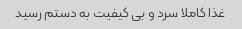
غذا کاملا سرد و بی کیفیت به دستم رسید